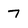
Character: 7